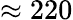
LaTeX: \approx 220